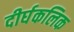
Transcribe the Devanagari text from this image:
दीर्घकलिक